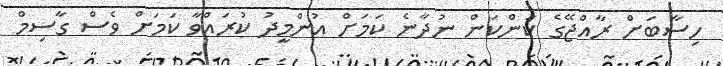
ހިސާބަށް ރާއްޖޭގެ ކަންކަން ނުދާނެ ކަމަށް އުންމީދު ކުރައްވާ ކަމަށް ވެސް ގާސިމް